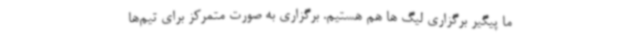
ما پیگیر برگزاری لیگ ها هم هستیم. برگزاری به صورت متمرکز برای تیم‌ها